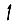
Digit: 1